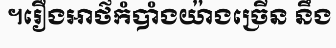
។រឿងអាថ៌កំបាំងយ៉ាងច្រើន នឹង